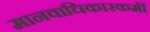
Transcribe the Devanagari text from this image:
मानवाधिकारकर्मी